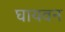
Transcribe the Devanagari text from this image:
घायवन